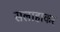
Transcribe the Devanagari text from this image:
सलाहाकर